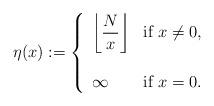
LaTeX: \begin{align*}\eta(x) := \left\{\begin{array}{ll}\displaystyle \left\lfloor \frac{N}{x} \right\rfloor & \hbox{if } x \neq 0, \\\\\infty & \hbox{if } x = 0.\end{array} \right. \end{align*}